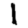
Digit: 1